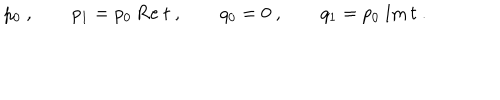
p _ { 0 } \ , \qquad p _ { 1 } = p _ { 0 } \ \mathrm { R e } \ t \ , \qquad q _ { 0 } = 0 \ , \qquad q _ { 1 } = p _ { 0 } \ \mathrm { I m } \, t \ .